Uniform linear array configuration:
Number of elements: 32
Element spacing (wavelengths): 0.5
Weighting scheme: cosine
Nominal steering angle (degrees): -60
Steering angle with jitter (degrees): -60.569
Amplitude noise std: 0.05
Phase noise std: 0.05

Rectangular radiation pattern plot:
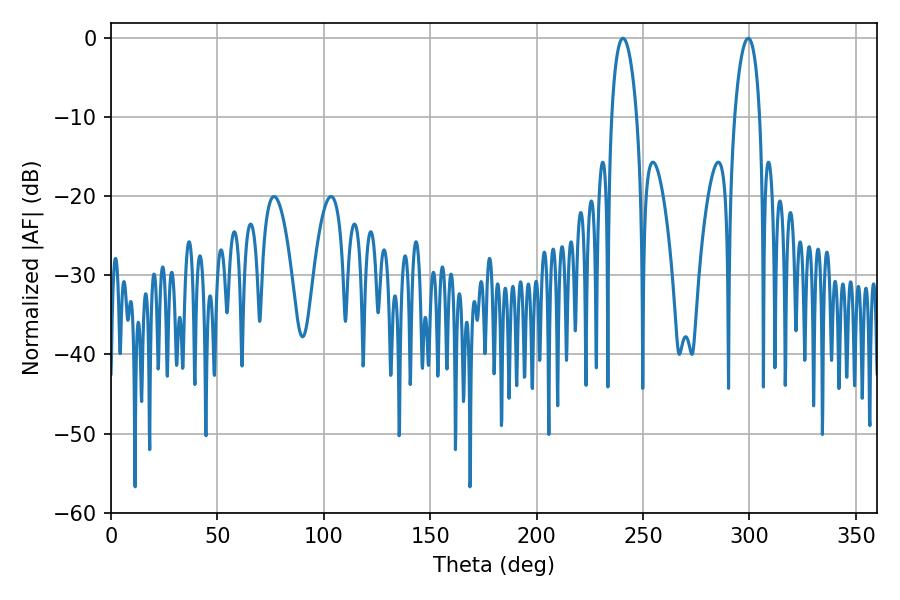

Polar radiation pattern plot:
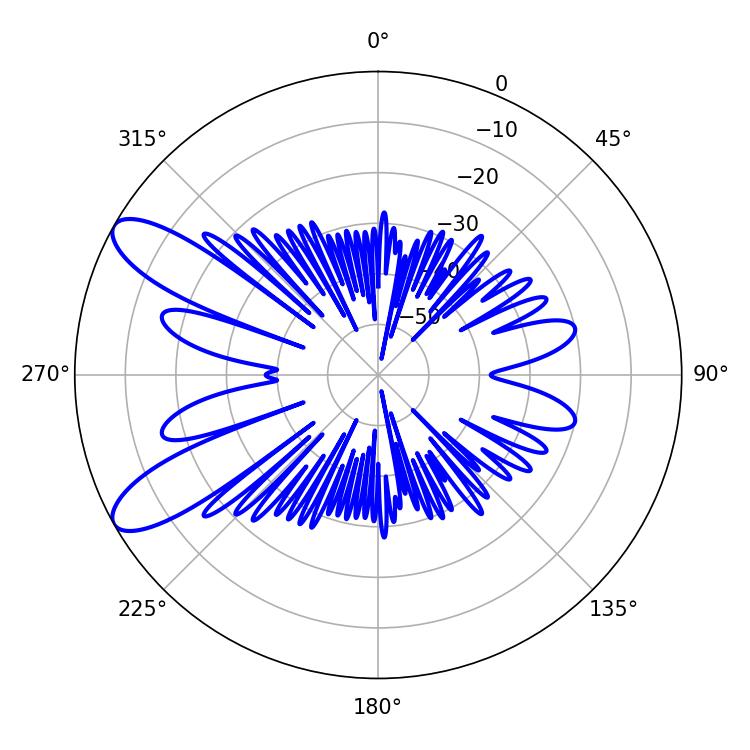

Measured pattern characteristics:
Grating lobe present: FALSE
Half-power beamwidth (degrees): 6.66
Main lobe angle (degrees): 240.66